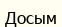
Досым